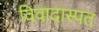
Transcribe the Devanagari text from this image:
विवादास्पत